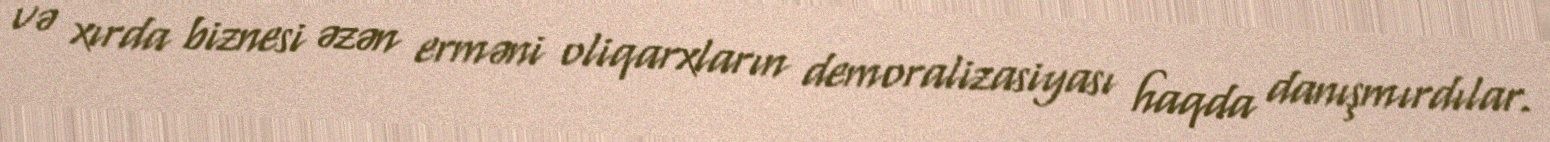
və xırda biznesi əzən erməni oliqarxların demoralizasiyası haqda danışmırdılar.